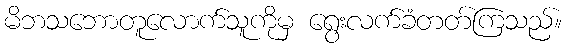
မိဘသဘောတူလောက်သူကိုမှ ရွေးလက်ခံတတ်ကြသည်။